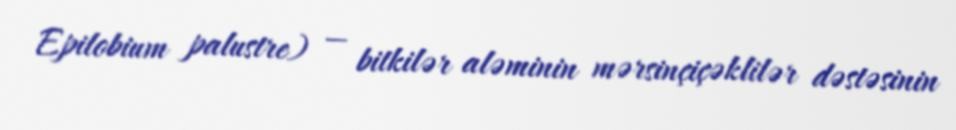
Epilobium palustre) — bitkilər aləminin mərsinçiçəklilər dəstəsinin